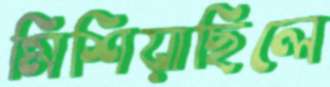
মিশিয়াছিলে